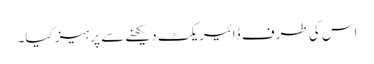
اس کی طرف ڈائیریکٹ دیکھنے سے پرہیز کیا۔